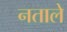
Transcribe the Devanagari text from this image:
नताले